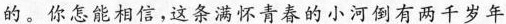
的。你怎能相信，这条满怀青春的小河倒有两千岁年